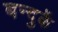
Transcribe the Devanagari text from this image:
बन्दुकें